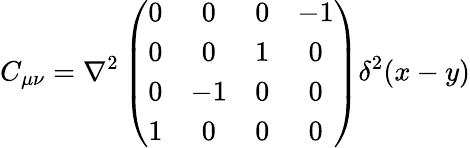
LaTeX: C_{\mu\nu}=\nabla^{2}\left(\begin{array}{cccc}{{0}}&{{0}}&{{0}}&{{-1}}\\ {{0}}&{{0}}&{{1}}&{{0}}\\ {{0}}&{{-1}}&{{0}}&{{0}}\\ {{1}}&{{0}}&{{0}}&{{0}}\end{array}\right)\delta^{2}(x-y)